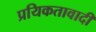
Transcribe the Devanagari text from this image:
प्रयिकतावादी